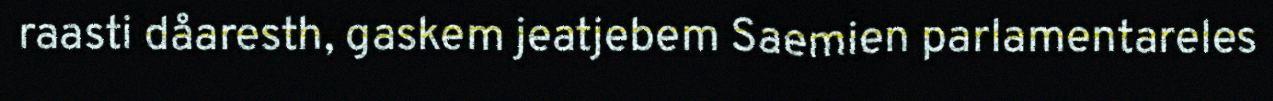
raasti dåaresth, gaskem jeatjebem Saemien parlamentareles